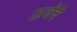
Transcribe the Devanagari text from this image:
ऊजेंचे